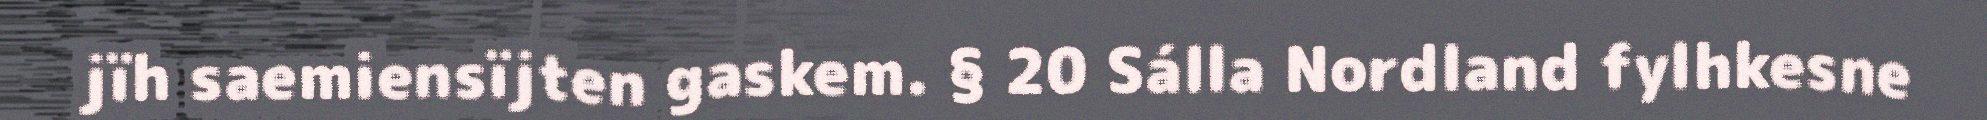
jïh saemiensïjten gaskem. § 20 Sálla Nordland fylhkesne